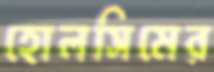
হোলসিমের